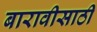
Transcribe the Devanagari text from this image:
बारावीसाठी